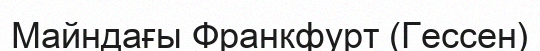
Майндағы Франкфурт (Гессен)